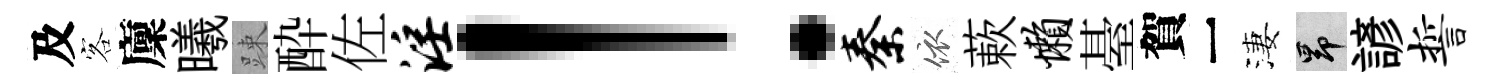
及客廩曦踈酔佐淫！秦依蔌懒䑓賀一淒昂諺誓